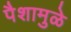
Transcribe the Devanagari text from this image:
पैशामुळे